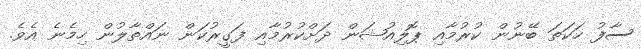
ސާފު ހަކަތަ ބޭނުން ކުރުމާއި ޕޮލިއުޝަން ދަށްކުރުމާއި ފަގީރުކަން ނައްތާލުން ހިމެނެ އެވެ.